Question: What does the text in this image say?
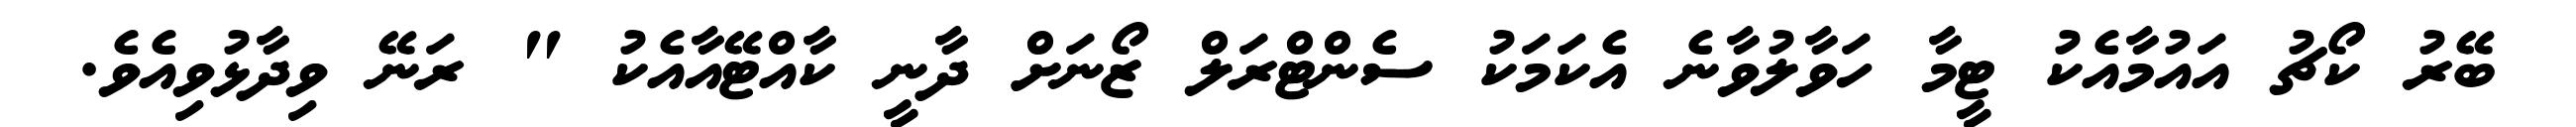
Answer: ބޭރު ކޯޗު އައުމާއެކު ޓީމާ ހަވާލުވާނެ އެކަމަކު ސެންޓްރަލް ޒޯނަށް ދާނީ ކާއްޓޭއާއެކު " ރަނޭ ވިދާޅުވިއެވެ.